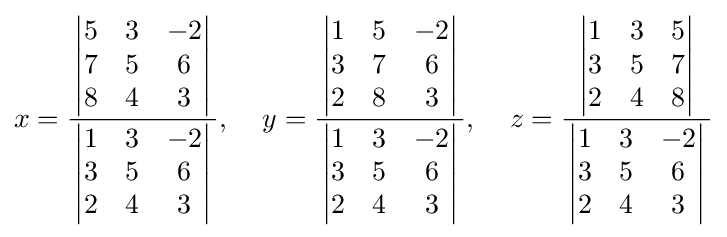
x={\frac {\,{\begin{vmatrix}5&3&-2\\7&5&6\\8&4&3\end{vmatrix}}\,}{\,{\begin{vmatrix}1&3&-2\\3&5&6\\2&4&3\end{vmatrix}}\,}},\;\;\;\;y={\frac {\,{\begin{vmatrix}1&5&-2\\3&7&6\\2&8&3\end{vmatrix}}\,}{\,{\begin{vmatrix}1&3&-2\\3&5&6\\2&4&3\end{vmatrix}}\,}},\;\;\;\;z={\frac {\,{\begin{vmatrix}1&3&5\\3&5&7\\2&4&8\end{vmatrix}}\,}{\,{\begin{vmatrix}1&3&-2\\3&5&6\\2&4&3\end{vmatrix}}\,}}